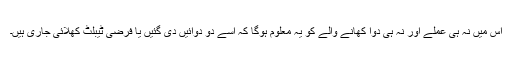
اس میں نہ ہی عملے اور نہ ہی دوا کھانے والے کو یہ معلوم ہوگا کہ اسے دو دوائیں دی گئیں یا فرضی ٹیبلٹ کھلائی جاری ہیں۔